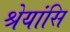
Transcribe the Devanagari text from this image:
श्रेयांसि